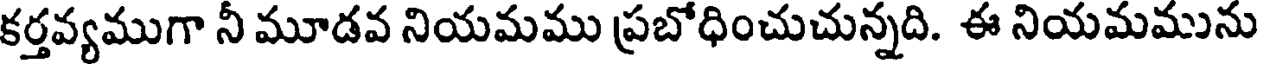
కర్తవ్యముగా నీ మూడవ నియమము ప్రబోధించుచున్నది. ఈ నియమమును